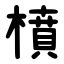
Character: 橨